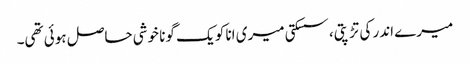
میرے اندر کی تڑپتی، سسکتی میری انا کو یک گونا خوشی حاصل ہوئی تھی۔